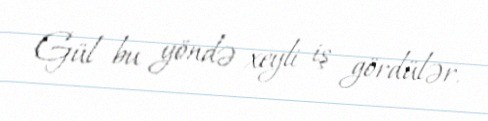
Gül bu yöndə xeyli iş gördülər.